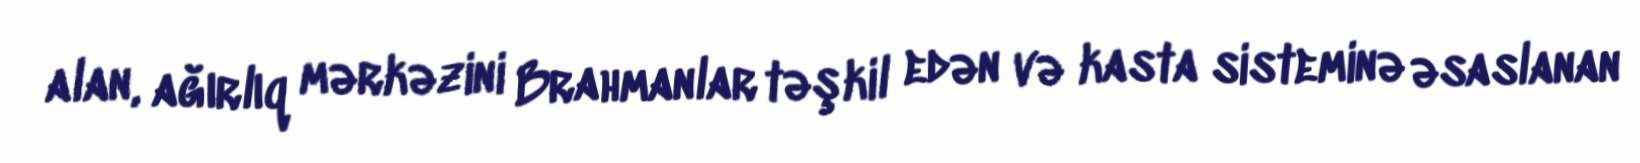
alan, ağırlıq mərkəzini Brahmanlar təşkil edən və kasta sisteminə əsaslanan